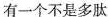
有一个不是多肽